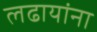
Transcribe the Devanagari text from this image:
लढायांना